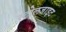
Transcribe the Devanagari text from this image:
स्टोलजाइट